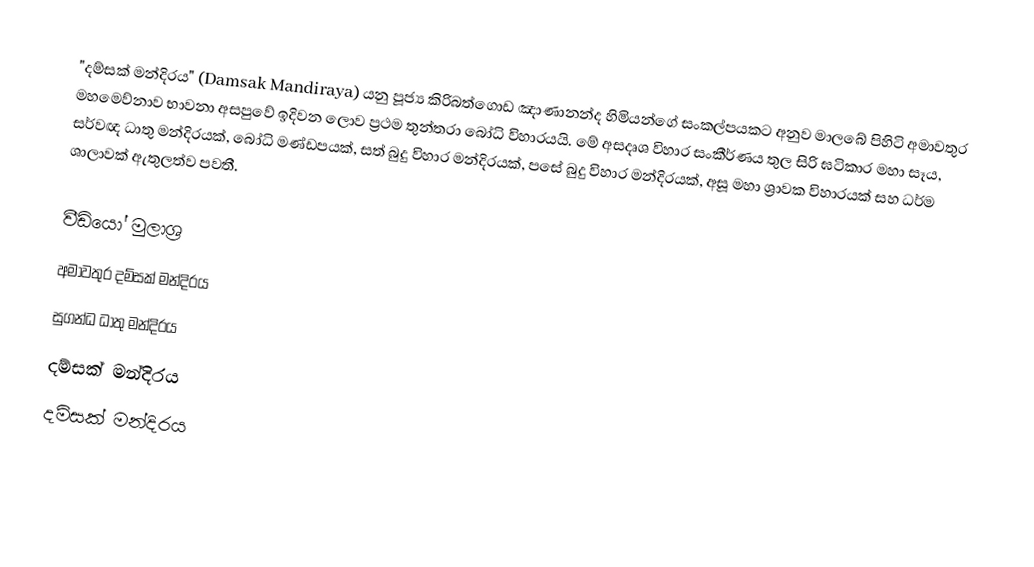
"දම්සක් මන්දිරය" (Damsak Mandiraya) යනු පූජ්‍ය කිරිබත්ගොඩ ඤාණානන්ද හිමියන්ගේ සංකල්පයකට අනුව මාලබේ පිහිටි අමාවතුර මහමෙව්නාව භාවනා අසපුවේ ඉදිවන ලොව ප්‍රථම තුන්තරා බෝධි විහාරයයි. මේ අසදෘශ විහාර සංකීර්ණය තුල සිරි ඝටිකාර මහා සෑය, සර්වඥ ධාතු මන්දිරයක්, බෝධි මණ්ඩපයක්, සත් බුදු විහාර මන්දිරයක්, පසේ බුදු විහාර මන්දිරයක්, අසූ මහා ශ්‍රාවක විහාරයක් සහ ධර්ම ශාලාවක් ඇතුලත්ව පවතී.

වීඩියෝ මුලාශ්‍ර
අමාවතුර දම්සක් මන්දිරය
සුගන්ධ ධාතු මන්දිරය
දම්සක් මන්දිරය
දම්සක් මන්දිරය